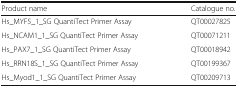
| Product name | Catalogue no. |
 | --- | --- |
 | Hs_MYF5_1_SG QuantiTect Primer Assay | QT00027825 |
 | Hs_NCAM1_1_SG QuantiTect Primer Assay | QT00071211 |
 | Hs_PAX7_1_SG QuantiTect Primer Assay | QT00018942 |
 | Hs_RRN18S_1_SG QuantiTect Primer Assay | QT00199367 |
 | Hs_Myod1_1_SG QuantiTect Primer Assay | QT00209713 |